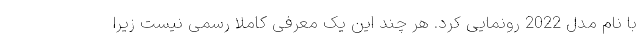
با نام مدل 2022 رونمایی کرد. هر چند این یک معرفی کاملا رسمی نیست زیرا